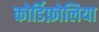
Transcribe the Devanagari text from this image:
कोर्डिफ़ोलिया